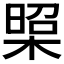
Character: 𭫁